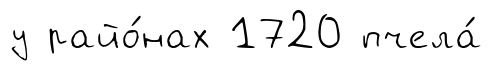
у райо́нах 1720 пчела́